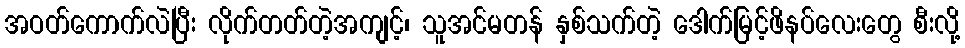
အဝတ်ကောက်လဲပြီး လိုက်တတ်တဲ့အကျင့်၊ သူအင်မတန် နှစ်သက်တဲ့ ဒေါက်မြင့်ဖိနပ်လေးတွေ စီးလို့